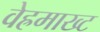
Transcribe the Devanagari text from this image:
वेह्रमाख्ट